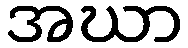
အဃာ